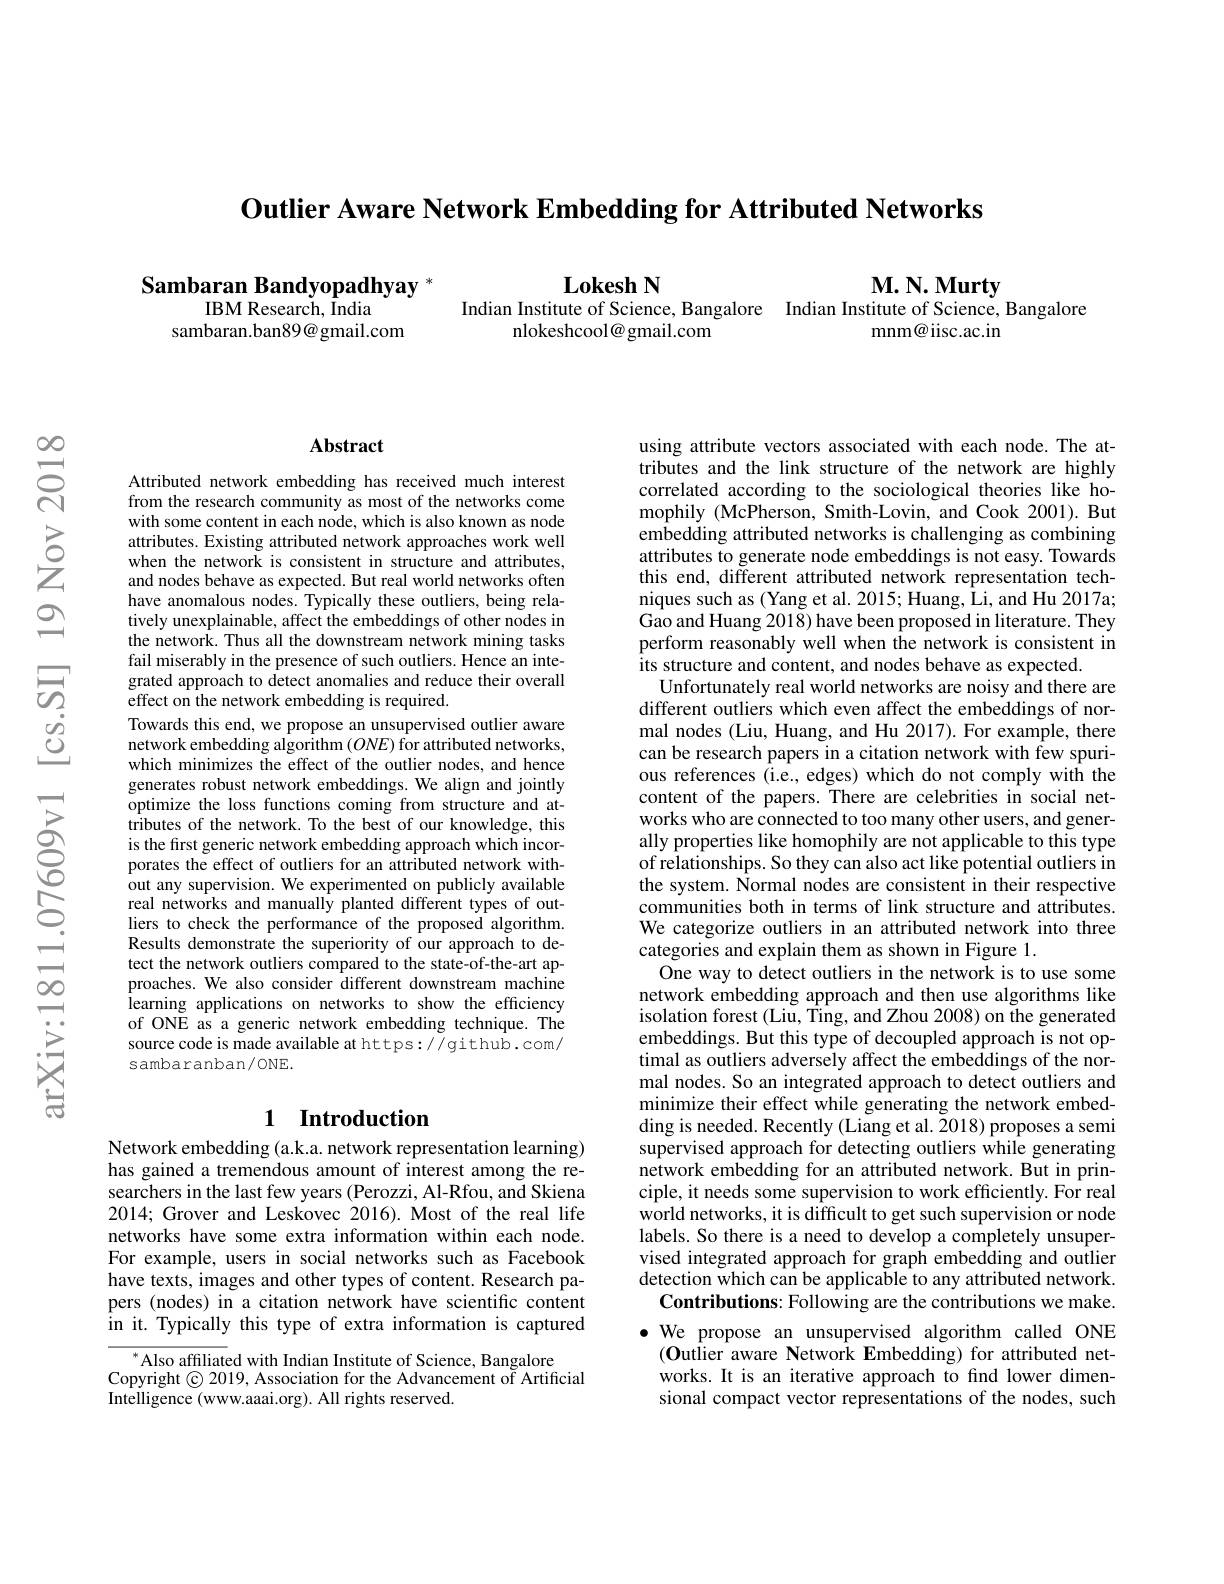
Outlier Aware Network Embedding for Attributed Networks

Sambaran Bandyopadhyay *
IBM Research, India

sambaran.ban89@gmail.com

Lokesh N

$\mathbf{M.~N.~Murty}$

Indian Institute of Science, Bangalore Indian Institute of Science, Bangalore
nlokeshcool@ gmail.com
mnm@iisc.ac.in

### $\mathbf{Abstract}$

Attributed network embedding has received much interest from the research community as most of the networks come with some content in each node, which is also known as node attributes. Existing attributed network approaches work well when the network is consistent in structure and attributes, and nodes behave as expected. But real world networks often have anomalous nodes. Typically these outliers, being relatively unexplainable, affect the embeddings of other nodes in the network. Thus all the downstream network mining tasks fail miserably in the presence of such outliers. Hence an integrated approach to detect anomalies and reduce their overall effect on the network embedding is required.
Towards this end, we propose an unsupervised outlier aware network embedding algorithm $(ONE)$ for attributed networks, which minimizes the effect of the outlier nodes, and hence generates robust network embeddings. We align and jointly optimize the loss functions coming from structure and attributes of the network. To the best of our knowledge, this is the first generic network embedding approach which incorporates the effect of outliers for an attributed network without any supervision. We experimented on publicly available real networks and manually planted different types of outliers to check the performance of the proposed algorithm. Results demonstrate the superiority of our approach to detect the network outliers compared to the state-of-the-art approaches. We also consider different downstream machine learning applications on networks to show the efficiency of ONE as a generic network embedding technique. The source code is made available at https://github.com/ sambaranban/ONE.

## 1 Introduction

Network embedding (a.k.a. network representation learning) has gained a tremendous amount of interest among the researchers in the last few years (Perozzi, Al-Rfou, and Skiena 2014; Grover and Leskovec 2016). Most of the real life networks have some extra information within each node. For example, users in social networks such as Facebook have texts, images and other types of content. Research papers (nodes) in a citation network have scientific content in it. Typically this type of extra information is captured

Also affiliated with Indian Institute of Science, Bangalore
Copyright © 2019, Association for the Advancement of Artificial
Intelligence (www.aaai.org). All rights reserved

using attribute vectors associated with each node. The attributes and the link structure of the network are highly correlated according to the sociological theories like homophily (McPherson, Smith-Lovin, and Cook 2001). But embedding attributed networks is challenging as combining attributes to generate node embeddings is not easy. Towards this end, different attributed network representation techniques such as (Yang et al. 2015; Huang, Îi, and Hu 2017a; Gao and Huang 2018) have been proposed in literature. They perform reasonably well when the network is consistent in its structure and content, and nodes behave as expected.
Unfortunately real world networks are noisy and there are different outliers which even affect the embeddings of normal nodes (Liu, Huang, and Hu 2017). For example, there can be research papers in a citation network with few spurious references (i.e., edges) which do not comply with the content of the papers. There are celebrities in social networks who are connected to too many other users, and generally properties like homophily are not applicable to this type of relationships. So they can also act like potential outliers in the system. Normal nodes are consistent in their respective communities both in terms of link structure and attributes. We categorize outliers in an attributed network into three categories and explain them as shown in Figure 1.
One way to detect outliers in the network is to use some network embedding approach and then use algorithms like isolation forest (Liu, Ting, and Zhou 2008) on the generated embeddings. But this type of decoupled approach is not optimal as outliers adversely affect the embeddings of the normal nodes. So an integrated approach to detect outliers and minimize their effect while generating the network embedding is needed. Recently (Liang et al. $\tilde{2}018)$ proposes a semi supervised approach for detecting outliers while generating $\hat{\text{network embedding for an attributed network. But in prin-}}$ ciple, it needs some supervision to work efficiently. For real world networks, it is difficult to get such supervision or node labels. So there is a need to develop a completely unsupervised integrated approach for graph embedding and outlier detection which can be applicable to any attributed network.
Contributions: Following are the contributions we make. $\bullet$ We propose an unsupervised algorithm called ONE
$(\mathbf{O}$utlier aware Network Embedding) for attributed networks. It is an iterative approach to find lower dimensional compact vector representations of the nodes, such